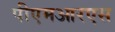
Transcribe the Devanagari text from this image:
पीएमआरएस